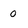
Character: 0